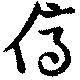
儕